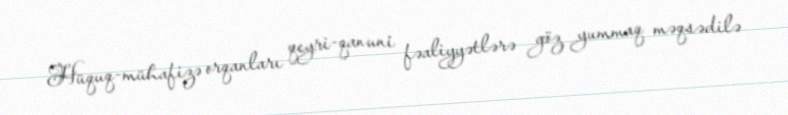
Hüquq-mühafizə orqanları qeyri-qanuni fəaliyyətlərə göz yummaq məqsədilə